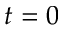
t = 0